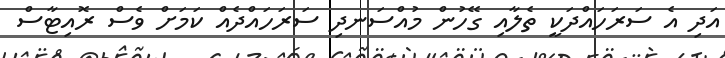
އަދި އެ ސަރަހައްދަކީ ތެލާއި ގޭހުން މުއްސަނދި ސަރަހައްދެއް ކަމަށް ވެސް ރޮއިޓާސް